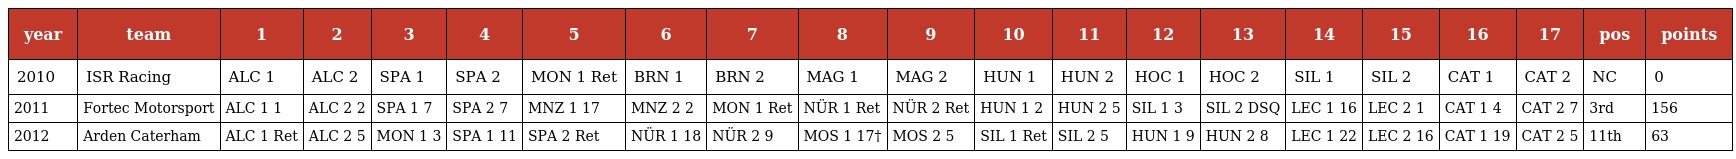
| year | team | 1 | 2 | 3 | 4 | 5 | 6 | 7 | 8 | 9 | 10 | 11 | 12 | 13 | 14 | 15 | 16 | 17 | pos | points |
 | --- | --- | --- | --- | --- | --- | --- | --- | --- | --- | --- | --- | --- | --- | --- | --- | --- | --- | --- | --- | --- |
 | 2010 | ISR Racing | ALC 1 | ALC 2 | SPA 1 | SPA 2 | MON 1 Ret | BRN 1 | BRN 2 | MAG 1 | MAG 2 | HUN 1 | HUN 2 | HOC 1 | HOC 2 | SIL 1 | SIL 2 | CAT 1 | CAT 2 | NC | 0 |
 | 2011 | Fortec Motorsport | ALC 1 1 | ALC 2 2 | SPA 1 7 | SPA 2 7 | MNZ 1 17 | MNZ 2 2 | MON 1 Ret | NÜR 1 Ret | NÜR 2 Ret | HUN 1 2 | HUN 2 5 | SIL 1 3 | SIL 2 DSQ | LEC 1 16 | LEC 2 1 | CAT 1 4 | CAT 2 7 | 3rd | 156 |
 | 2012 | Arden Caterham | ALC 1 Ret | ALC 2 5 | MON 1 3 | SPA 1 11 | SPA 2 Ret | NÜR 1 18 | NÜR 2 9 | MOS 1 17† | MOS 2 5 | SIL 1 Ret | SIL 2 5 | HUN 1 9 | HUN 2 8 | LEC 1 22 | LEC 2 16 | CAT 1 19 | CAT 2 5 | 11th | 63 |